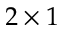
2 \times 1